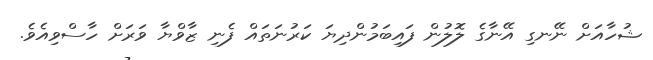
ޝުހާއަށް ނޭނގި އޭނާގެ ލޮލުން ފައިބަމުންދިޔަ ކަރުނަތައް ފެނި ޒާވްޔާ ވަރަށް ހާސްވިއެވެ.